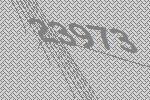
23973